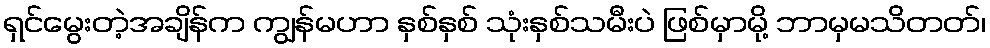
ရှင်မွေးတဲ့အချိန်က ကျွန်မဟာ နှစ်နှစ် သုံးနှစ်သမီးပဲ ဖြစ်မှာမို့ ဘာမှမသိတတ်၊